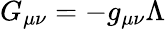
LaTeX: G_{\mu\nu}=-g_{\mu\nu}\Lambda